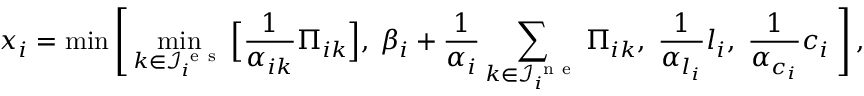
x _ { i } = \operatorname* { m i n } \Bigg [ \operatorname* { m i n } _ { k \in \mathcal { I } _ { i } ^ { \mathrm { ~ e ~ s ~ } } } \Big [ \frac { 1 } { \alpha _ { i k } } \Pi _ { i k } \Big ] , \: \beta _ { i } + \frac { 1 } { \alpha _ { i } } \sum _ { k \in \mathcal { I } _ { i } ^ { \mathrm { ~ n ~ e ~ } } } \Pi _ { i k } , \; \frac { 1 } { \alpha _ { l _ { i } } } l _ { i } , \; \frac { 1 } { \alpha _ { c _ { i } } } c _ { i } \; \Bigg ] \, ,